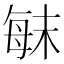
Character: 𣔍